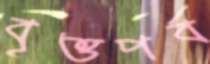
বৃত্তপর্ব